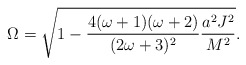
\begin{align*}\Omega =\sqrt{1-\frac{4(\omega+1)(\omega+2)} {(2\omega+3)^2}\frac{a^2 J^2}{M^2}}. \end{align*}